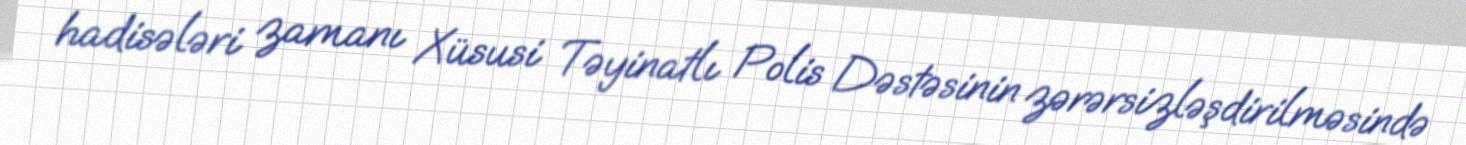
hadisələri zamanı Xüsusi Təyinatlı Polis Dəstəsinin zərərsizləşdirilməsində